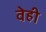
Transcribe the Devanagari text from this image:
वेही